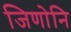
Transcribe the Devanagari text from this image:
जिणोनि